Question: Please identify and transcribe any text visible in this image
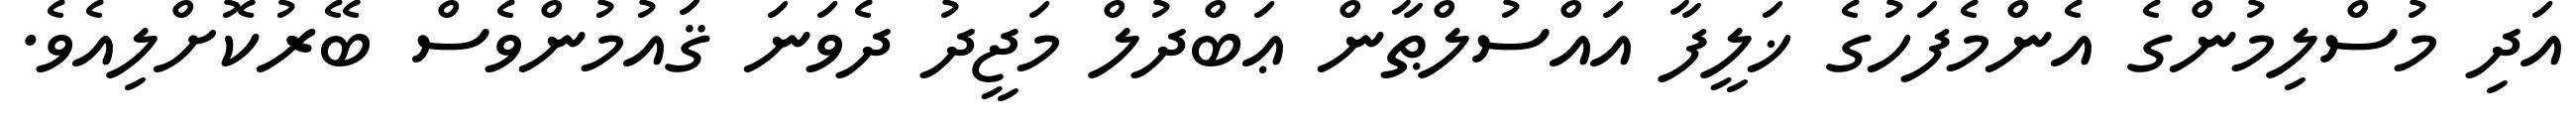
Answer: އަދި މުސްލިމުންގެ އެންމެފަހުގެ ޚަލީފާ އައްސުލްޠާން ޢަބްދުލް މަޖީދު ދެވަނަ ޤައުމުންވެސް ބޭރުކޮށްލިއެވެ.